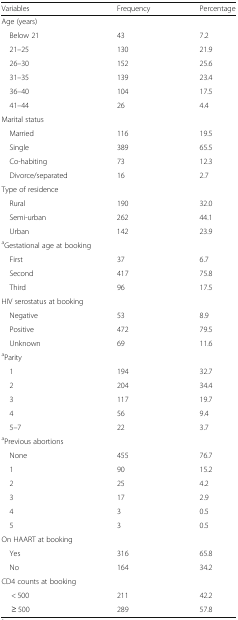
<table><thead><tr><td><b>Variables</b></td><td><b>Frequency</b></td><td><b>Percentage</b></td></tr></thead><tbody><tr><td colspan="3">Age (years)</td></tr><tr><td> Below 21</td><td>43</td><td>7.2</td></tr><tr><td> 21–25</td><td>130</td><td>21.9</td></tr><tr><td> 26–30</td><td>152</td><td>25.6</td></tr><tr><td> 31–35</td><td>139</td><td>23.4</td></tr><tr><td> 36–40</td><td>104</td><td>17.5</td></tr><tr><td> 41–44</td><td>26</td><td>4.4</td></tr><tr><td colspan="3">Marital status</td></tr><tr><td> Married</td><td>116</td><td>19.5</td></tr><tr><td> Single</td><td>389</td><td>65.5</td></tr><tr><td> Co-habiting</td><td>73</td><td>12.3</td></tr><tr><td> Divorce/separated</td><td>16</td><td>2.7</td></tr><tr><td colspan="3">Type of residence</td></tr><tr><td> Rural</td><td>190</td><td>32.0</td></tr><tr><td> Semi-urban</td><td>262</td><td>44.1</td></tr><tr><td> Urban</td><td>142</td><td>23.9</td></tr><tr><td colspan="3"><sup>a</sup>Gestational age at booking</td></tr><tr><td> First</td><td>37</td><td>6.7</td></tr><tr><td> Second</td><td>417</td><td>75.8</td></tr><tr><td> Third</td><td>96</td><td>17.5</td></tr><tr><td colspan="3">HIV serostatus at booking</td></tr><tr><td> Negative</td><td>53</td><td>8.9</td></tr><tr><td> Positive</td><td>472</td><td>79.5</td></tr><tr><td> Unknown</td><td>69</td><td>11.6</td></tr><tr><td colspan="3"><sup>a</sup>Parity</td></tr><tr><td> 1</td><td>194</td><td>32.7</td></tr><tr><td> 2</td><td>204</td><td>34.4</td></tr><tr><td> 3</td><td>117</td><td>19.7</td></tr><tr><td> 4</td><td>56</td><td>9.4</td></tr><tr><td> 5–7</td><td>22</td><td>3.7</td></tr><tr><td colspan="3"><sup>a</sup>Previous abortions</td></tr><tr><td> None</td><td>455</td><td>76.7</td></tr><tr><td> 1</td><td>90</td><td>15.2</td></tr><tr><td> 2</td><td>25</td><td>4.2</td></tr><tr><td> 3</td><td>17</td><td>2.9</td></tr><tr><td> 4</td><td>3</td><td>0.5</td></tr><tr><td> 5</td><td>3</td><td>0.5</td></tr><tr><td colspan="3">On HAART at booking</td></tr><tr><td> Yes</td><td>316</td><td>65.8</td></tr><tr><td> No</td><td>164</td><td>34.2</td></tr><tr><td colspan="3">CD4 counts at booking</td></tr><tr><td>&lt; 500</td><td>211</td><td>42.2</td></tr><tr><td>≥ 500</td><td>289</td><td>57.8</td></tr></tbody></table>